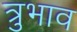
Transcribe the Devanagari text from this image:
त्रुभाव